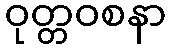
ဝုတ္တဝစနာ